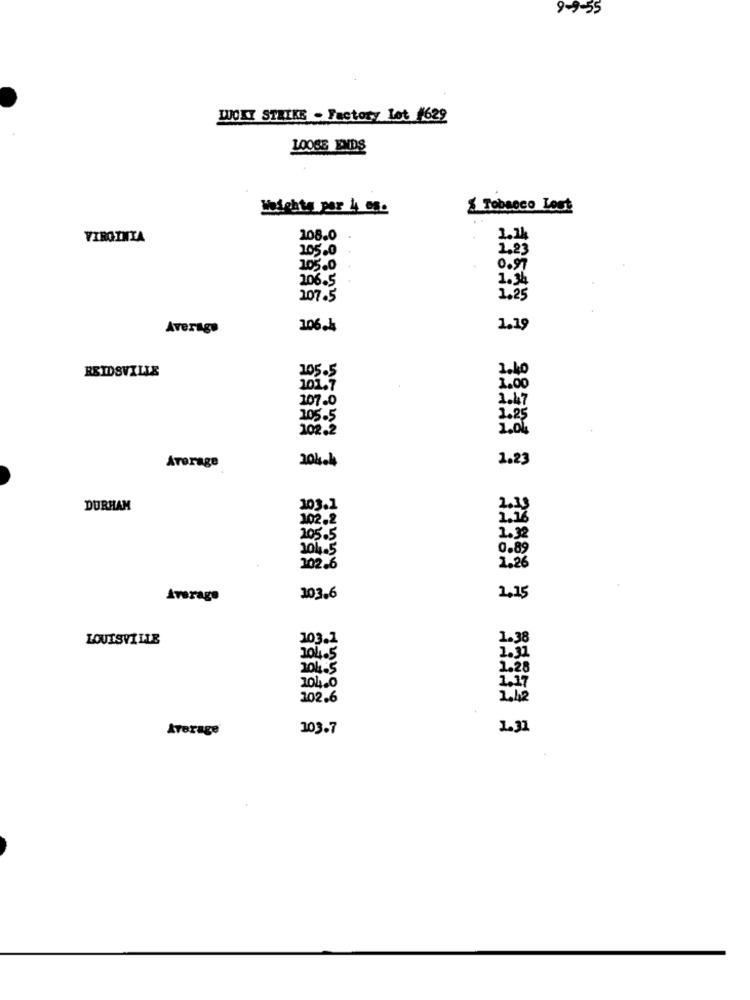
9-9-55
LUCKY STRIKE - Factory let #629
LOOSE ENDS
Heights por 4 05.
% Tobacco Lost
VIRGINIA
108.0
1.14
105.0
1,23
105.0
0.97
2.06.5
1.34
207.5
1,25
Average
1064
1.19
REIDSVILLE
205.5
1.40
101.7
1.00
107.0
1.49
205.5
1.2
102.2
1.0.
1.23
Average
204.4
DURHAM
103.1
102.2
1.16
205.5
1.32
104.5
0.85
102.6
1.26
Average
103.6
2.15
LOUISVILLE
103.1
1.38
204.5
1.31
20485
1.28
104.0
1.17
102.6
2.42
Average
103.7
4.31